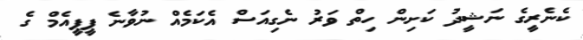
ކެނެރީގެ ނަޝީދު ކަށިން ހިތް ވަރު ނެގިއަސް އެކަމެއް ނުވާނެ ޕީޕީއެމް ގެ